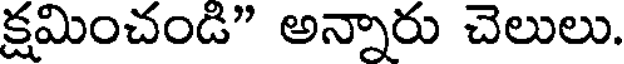
క్షమించండి" అన్నారు చెలులు.